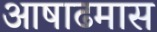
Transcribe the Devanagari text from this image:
आषाढमास